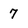
Character: 7